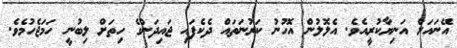
އޭނައަށް އަނިޔާކުރީއެވެ. އެލޮލުން އޮހުނު ކަރުނަތައް ދެކެފައި ޖައިދަންގެ ހިތަށް ލިބުނީ ހަމަޖެހުމެވެ.